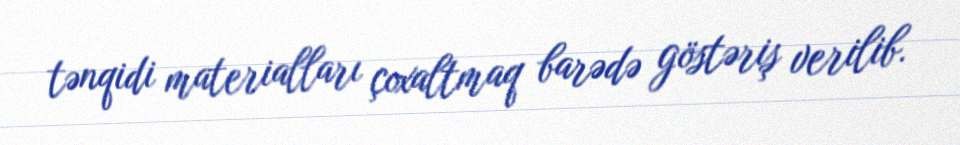
tənqidi materialları çoxaltmaq barədə göstəriş verilib.